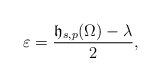
\begin{align*}\varepsilon=\frac{\mathfrak{h}_{s,p}(\Omega)-\lambda}{2},\end{align*}